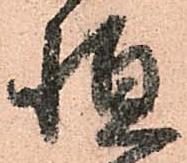
恒